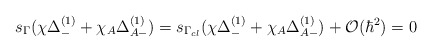
\begin{align*} s_{\Gamma} (\chi \Delta_-^{(1)} + \chi_A \Delta_{A -}^{(1)} ) = s_{\Gamma_{cl}} (\chi \Delta_-^{(1)} + \chi_A \Delta_{A -}^{(1)} ) + {\cal O} (\hbar^2 ) = 0\end{align*}